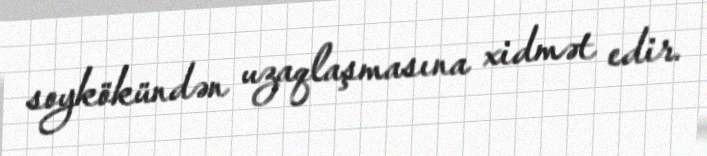
soykökündən uzaqlaşmasına xidmət edir.